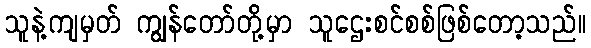
သူနဲ့ကျမှတ် ကျွန်တော်တို့မှာ သူဌေးစင်စစ်ဖြစ်တော့သည်။